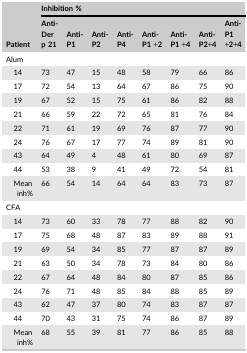
<table><thead><tr><td rowspan="2"><b>Patient</b></td><td colspan="8"><b>Inhibition %</b></td></tr><tr><td><b>Anti‐Der p 21</b></td><td><b>Anti‐P1</b></td><td><b>Anti‐P2</b></td><td><b>Anti‐P4</b></td><td><b>Anti‐P1 +2</b></td><td><b>Anti‐P1 +4</b></td><td><b>Anti‐P2+4</b></td><td><b>Anti‐P1 +2+4</b></td></tr></thead><tbody><tr><td colspan="9">Alum</td></tr><tr><td>14</td><td>73</td><td>47</td><td>15</td><td>48</td><td>58</td><td>79</td><td>66</td><td>86</td></tr><tr><td>17</td><td>72</td><td>54</td><td>13</td><td>64</td><td>67</td><td>86</td><td>75</td><td>90</td></tr><tr><td>19</td><td>67</td><td>52</td><td>15</td><td>75</td><td>61</td><td>86</td><td>82</td><td>88</td></tr><tr><td>21</td><td>66</td><td>59</td><td>22</td><td>72</td><td>65</td><td>81</td><td>76</td><td>84</td></tr><tr><td>22</td><td>71</td><td>61</td><td>19</td><td>69</td><td>76</td><td>87</td><td>77</td><td>90</td></tr><tr><td>24</td><td>76</td><td>67</td><td>17</td><td>77</td><td>74</td><td>89</td><td>81</td><td>90</td></tr><tr><td>43</td><td>64</td><td>49</td><td>4</td><td>48</td><td>61</td><td>80</td><td>69</td><td>87</td></tr><tr><td>44</td><td>53</td><td>38</td><td>9</td><td>41</td><td>49</td><td>72</td><td>54</td><td>81</td></tr><tr><td>Mean inh%</td><td>66</td><td>54</td><td>14</td><td>64</td><td>64</td><td>83</td><td>73</td><td>87</td></tr><tr><td colspan="9">CFA</td></tr><tr><td>14</td><td>73</td><td>60</td><td>33</td><td>78</td><td>77</td><td>88</td><td>82</td><td>90</td></tr><tr><td>17</td><td>75</td><td>68</td><td>48</td><td>87</td><td>83</td><td>89</td><td>88</td><td>91</td></tr><tr><td>19</td><td>69</td><td>54</td><td>34</td><td>85</td><td>77</td><td>87</td><td>87</td><td>89</td></tr><tr><td>21</td><td>63</td><td>50</td><td>34</td><td>78</td><td>73</td><td>84</td><td>80</td><td>86</td></tr><tr><td>22</td><td>67</td><td>64</td><td>48</td><td>84</td><td>80</td><td>87</td><td>85</td><td>86</td></tr><tr><td>24</td><td>76</td><td>71</td><td>48</td><td>85</td><td>84</td><td>88</td><td>85</td><td>89</td></tr><tr><td>43</td><td>62</td><td>47</td><td>37</td><td>80</td><td>74</td><td>83</td><td>87</td><td>87</td></tr><tr><td>44</td><td>70</td><td>43</td><td>31</td><td>75</td><td>74</td><td>86</td><td>87</td><td>89</td></tr><tr><td>Mean inh%</td><td>68</td><td>55</td><td>39</td><td>81</td><td>77</td><td>86</td><td>85</td><td>88</td></tr></tbody></table>